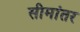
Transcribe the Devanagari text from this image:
सीमांतर